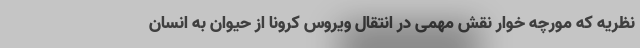
نظریه که مورچه خوار نقش مهمی در انتقال ویروس کرونا از حیوان به انسان